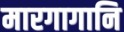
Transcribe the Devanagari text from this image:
मारगागानि